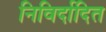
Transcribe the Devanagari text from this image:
निविर्दादित